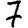
Digit: 7